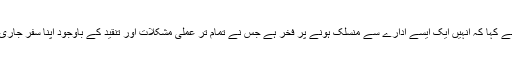
انہوں نے کہا کہ انہیں ایک ایسے ادارے سے منسلک ہونے پر فخر ہے جس نے تمام تر عملی مشکلات اور تنقید کے باوجود اپنا سفر جاری رکھا۔